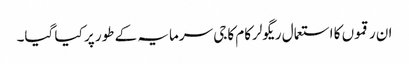
ان رقموں کا استعمال ریگولرکام کاجی سرمایہ کے طور پر کیا گیا۔